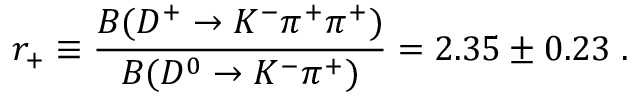
r _ { + } \equiv \frac { B ( D ^ { + } \rightarrow K ^ { - } \pi ^ { + } \pi ^ { + } ) } { B ( D ^ { 0 } \rightarrow K ^ { - } \pi ^ { + } ) } = 2 . 3 5 \pm 0 . 2 3 \; .